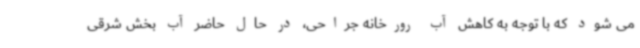
می شود که با توجه به کاهش آب رورخانه جراحی، در حال حاضر آب بخش شرقی